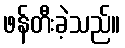
ဖန်တီးခဲ့သည်။